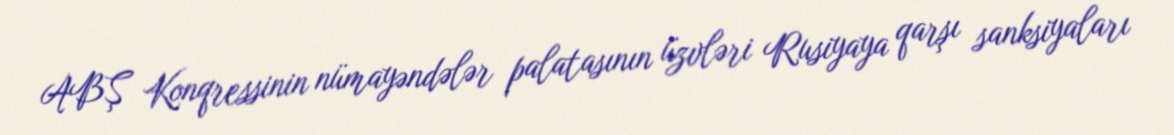
ABŞ Konqressinin nümayəndələr palatasının üzvləri Rusiyaya qarşı sanksiyaları